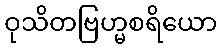
ဝုသိတဗြဟ္မစရိယော